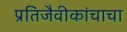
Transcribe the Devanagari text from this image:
प्रतिजैवीकांचाचा